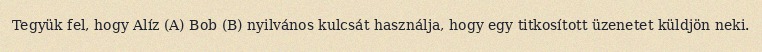
Tegyük fel, hogy Alíz (A) Bob (B) nyilvános kulcsát használja, hogy egy titkosított üzenetet küldjön neki.